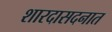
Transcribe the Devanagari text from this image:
शारदासदनात